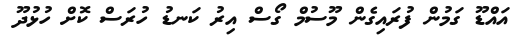
އައްޑޫ ގަމުން ފުރައިގެން މޫސުމް ގޯސް އިރު ކަނޑު ހުރަސް ކޮށް ހުޅުދޫ